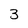
Character: 3